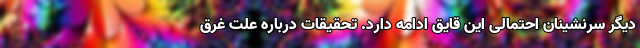
دیگر سرنشینان احتمالی این قایق ادامه دارد. تحقیقات درباره علت غرق